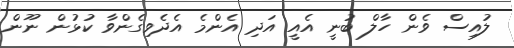
ލުއިސް ވެން ހާލް ބުނީ އެއީ އަދި އެންމެ އެދެވިގެންވާ ކުޅުން ނޫން